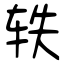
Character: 轶